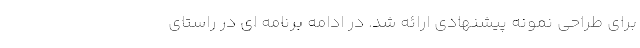
برای طراحی نمونه پیشنهادی ارائه شد. در ادامه برنامه ای در راستای